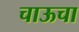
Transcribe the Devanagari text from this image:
चाऊचा